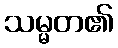
သမ္မတ၏